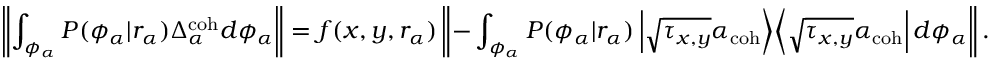
\left\| \int _ { \phi _ { \alpha } } P ( \phi _ { \alpha } | r _ { \alpha } ) \Delta _ { \alpha } ^ { \mathrm { c o h } } d \phi _ { \alpha } \right\| = f ( x , y , r _ { \alpha } ) \left\| - \int _ { \phi _ { \alpha } } P ( \phi _ { \alpha } | r _ { \alpha } ) \left| \sqrt { \tau _ { x , y } } \alpha _ { \mathrm { c o h } } \middle > \middle < \sqrt { \tau _ { x , y } } \alpha _ { \mathrm { c o h } } \right| d \phi _ { \alpha } \right\| .